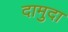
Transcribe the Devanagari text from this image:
दामुदा